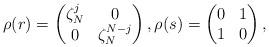
LaTeX: \begin{align*} \rho(r)=\begin{pmatrix}\zeta_N^{{j}}&0\\0&\zeta_N^{N-{j}}\end{pmatrix} ,\rho(s)=\begin{pmatrix}0&1\\1&0\end{pmatrix},\end{align*}